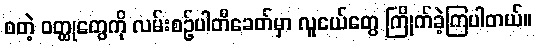
စတဲ့ ဝတ္ထုတွေကို လမ်းစဉ်ပါတီခေတ်မှာ လူငယ်တွေ ကြိုက်ခဲ့ကြပါတယ်။